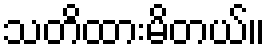
သတိထားမိတယ်။